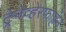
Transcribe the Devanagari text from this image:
ट्रेनेव्हेरफाह्रेन